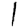
Digit: 1